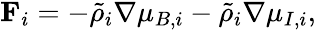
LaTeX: \mathbf{F}_{i}=-\tilde{\rho}_{i}\nabla\mu_{B,i}-\tilde{\rho}_{i}\nabla\mu_{I,i},